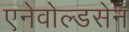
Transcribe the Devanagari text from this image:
एनेवोल्डसेन